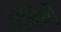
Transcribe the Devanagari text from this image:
रोधिनी